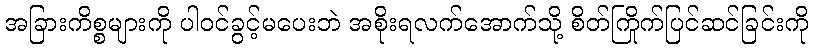
အခြားကိစ္စများကို ပါဝင်ခွင့်မပေးဘဲ အစိုးရလက်အောက်သို့ စိတ်ကြိုက်ပြင်ဆင်ခြင်းကို